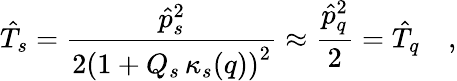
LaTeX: \hat{T}_{s}=\frac{\hat{p}_{s}^{2}}{2\left(1+Q_{s}\, \kappa_{s}(q)\right)^{2}}\approx\frac{\hat{p}_{q}^{2}}{2}=\hat{T}_{q}\quad,